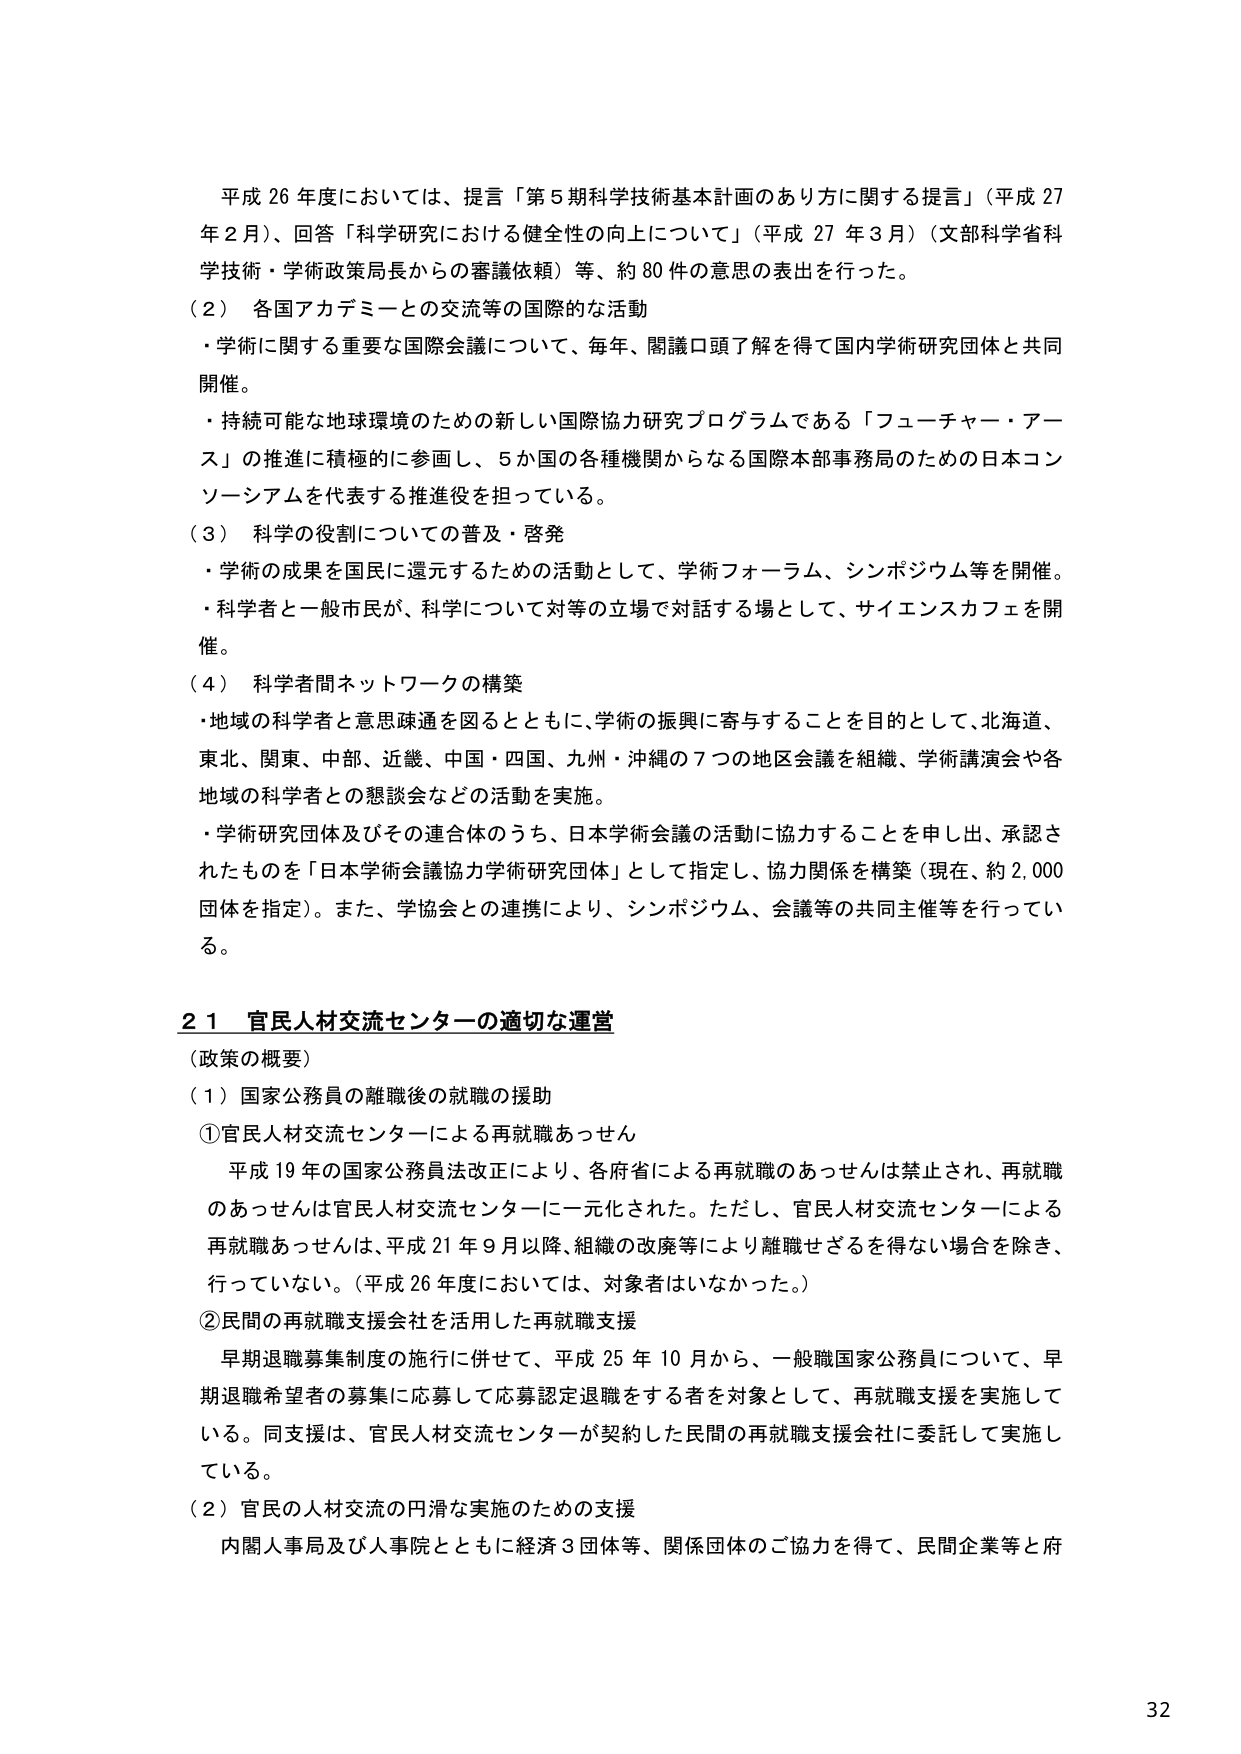
平成 26 年度においては、提言「第5期科学技術基本計画のあり方に関する提言」（平成 27 年 2 月）、回答「科学研究における健全性の向上について」（平成 27 年 3 月）（文部科学省科学技術・学術政策局長からの審議依頼）等、約 80 件の意思の表明を行った。

（2） 各国アカデミーとの交流等の国際的な活動
・学術に関する重要な国際会議について、毎年、関議口頭了解を得て国内学術研究団体と共同開催。
・持続可能な地球環境のための新しい国際協力研究プログラムである「フューチャー・アース」の推進に積極的に参画し、5か国の各種機関からなる国際本部事務局のための日本コンソーシアムを代表する推進役を担っている。

（3） 科学の役割についての普及・啓発
・学術の成果を国民に還元するための活動として、学術フォーラム、シンポジウム等を開催。
・科学者と一般市民が、科学について対等の立場で対話する場として、サイエンスカフェを開催。

（4） 科学者間ネットワークの構築
・地域の科学者と意思疎通を図るとともに、学術の振興に寄与することを目的として、北海道、東北、関東、中部、近畿、中国・四国、九州・沖縄の7つの地区会議を組織、学術講演会や各地域の科学者との懇談会などの活動を実施。
・学術研究団体及びその連合体のうち、日本学術会議の活動に協力することを申し出、承認されたものを「日本学術会議協力学術研究団体」として指定し、協力関係を構築（現在、約 2,000 団体を指定）。また、学協会との連携により、シンポジウム、会議等の共同主催等を行っている。

2 1 官民人材交流センターの適切な運営
（政策の概要）
（1）国家公務員の離職後の就職の援助
①官民人材交流センターによる再就職あっせん
平成 19 年の国家公務員法改正により、各府省による再就職のあっせんは禁止され、再就職のあっせんは官民人材交流センターに一元化された。ただし、官民人材交流センターによる再就職あっせんは、平成 21 年 9 月以降、組織の改廃等により離職せざるを得ない場合を除き、行っていない。（平成 26 年度においては、対象者はいなかった。）
②民間の再就職支援会社を活用した再就職支援
早期退職募集制度の施行に併せて、平成 25 年 10 月から、一般職国家公務員について、早期退職希望者の募集に応募して応募認定退職をする者を対象として、再就職支援を実施している。同支援は、官民人材交流センターが契約した民間の再就職支援会社に委託して実施している。
（2）官民の人材交流の円滑な実施のための支援
内閣人事局及び人事院とともに経済 3 団体等、関係団体のご協力を得て、民間企業等と府

32